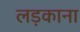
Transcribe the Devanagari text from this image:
लड़काना